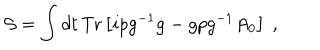
{ \cal S } = \int d t \, \mathrm { T r } \left[ i p g ^ { - 1 } \dot { g } - g p g ^ { - 1 } A _ { 0 } \right] ~ ,